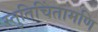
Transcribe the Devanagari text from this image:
स्तुतिचिंतामणि